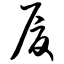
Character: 厦